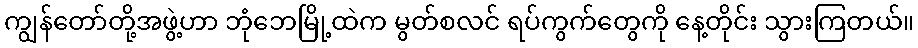
ကျွန်တော်တို့အဖွဲ့ဟာ ဘုံဘေမြို့ထဲက မွတ်စလင် ရပ်ကွက်တွေကို နေ့တိုင်း သွားကြတယ်။